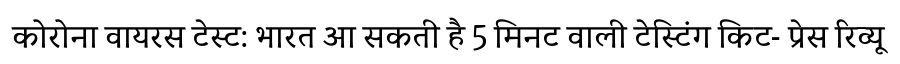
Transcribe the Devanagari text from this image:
कोरोना वायरस टेस्ट: भारत आ सकती है 5 मिनट वाली टेस्टिंग किट- प्रेस रिव्यू